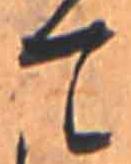
て